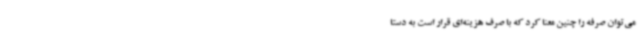
می‌توان صرفه را چنین معنا کرد که با صرف هزینه‌ای قرار است به دستا